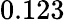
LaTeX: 0.123